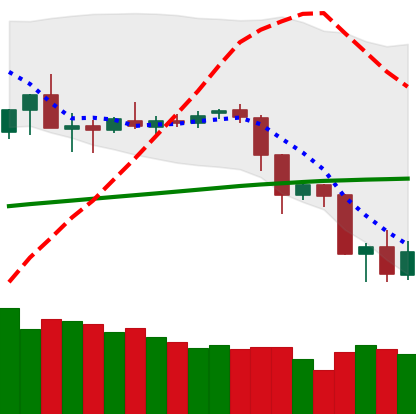
Ticker: ETC-USD
Chart end date: 2019-07-17
Forward return: 11.49%
Label: up_7plus